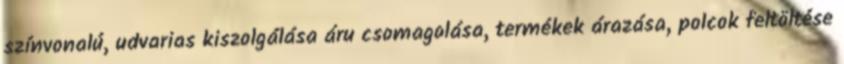
színvonalú, udvarias kiszolgálása áru csomagolása, termékek árazása, polcok feltöltése